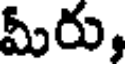
మీరు,